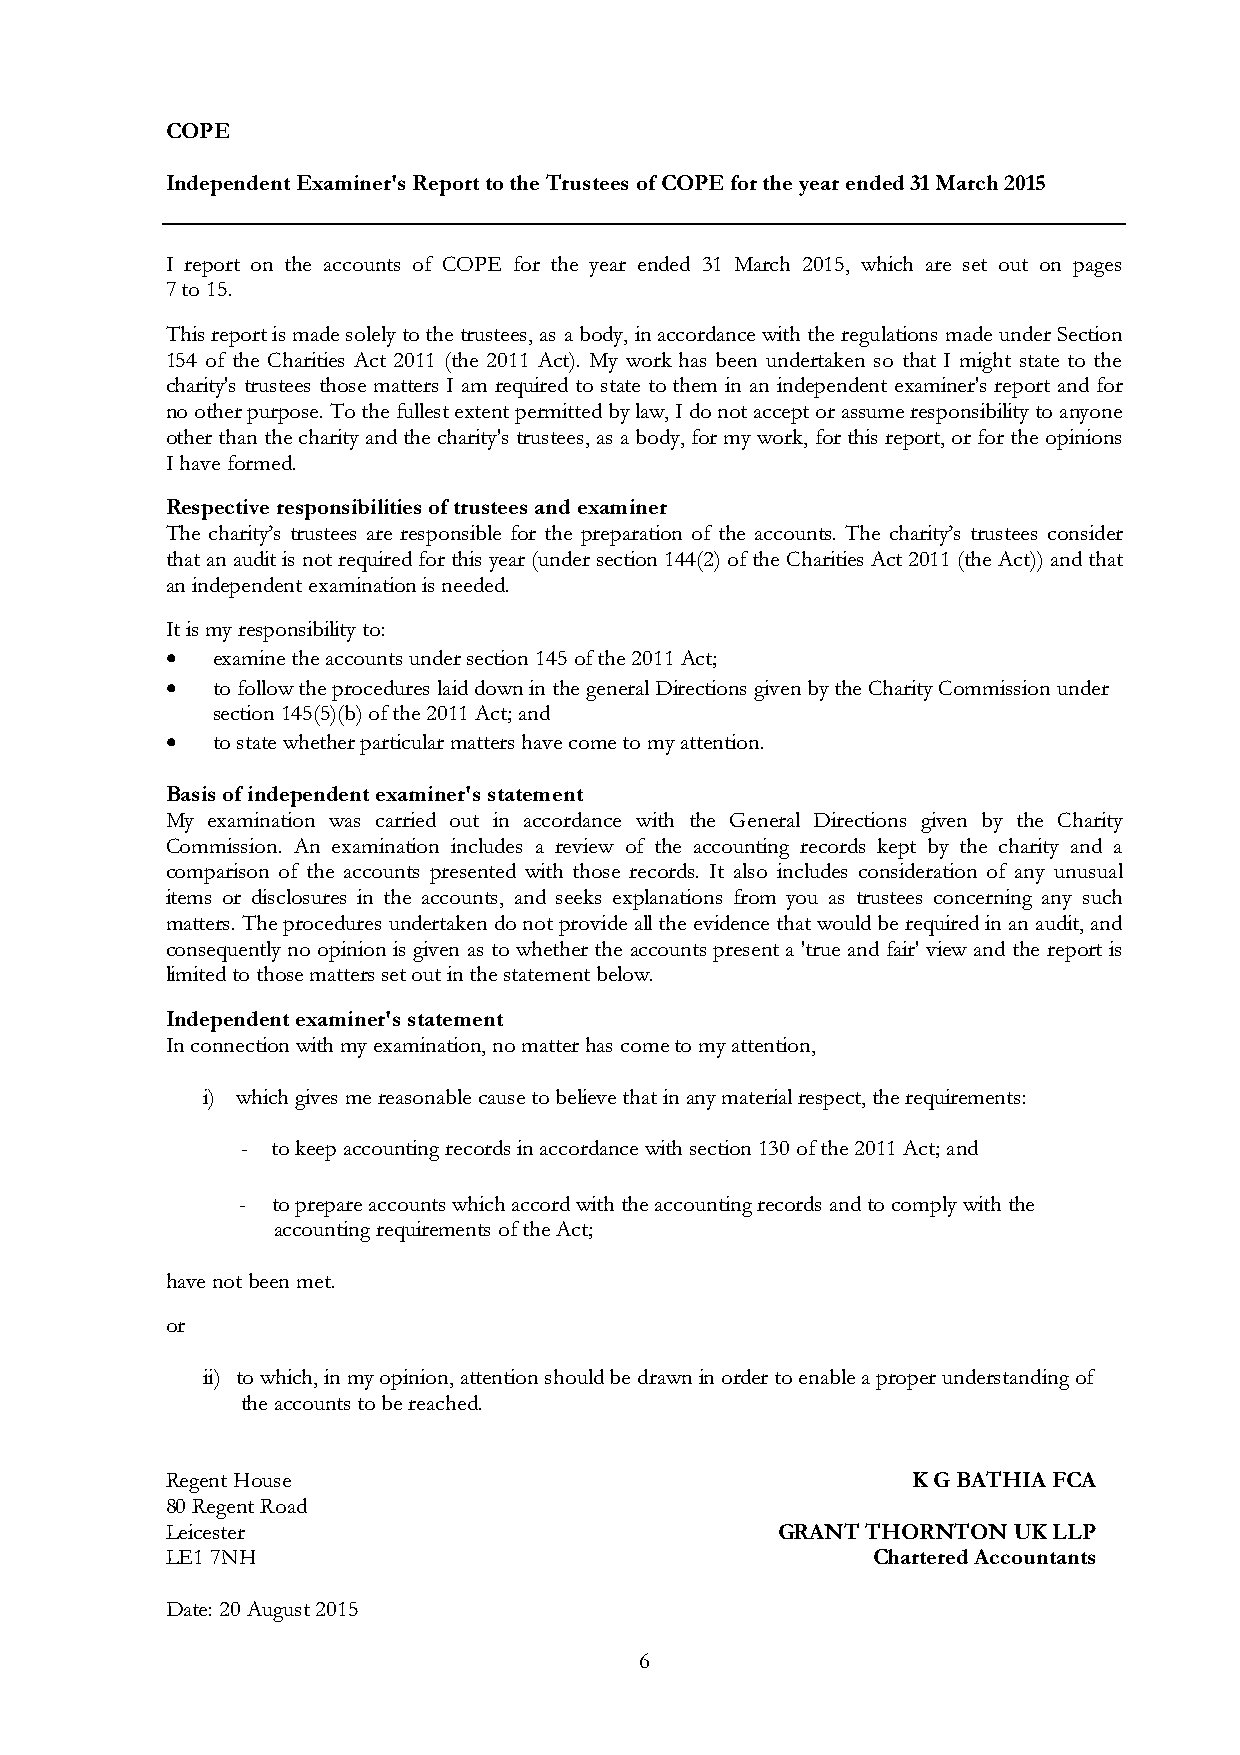
COPE
 Independent Examiner's Report to the Trustees of COPE for the year ended 31 March 2015
 I report on the accounts of COPE for the year ended 31 March 2015, which are set out on pages
 7 to 15.
 This report is made solely to the trustees, as a body, in accordance with the regulations made under Section
 154 of the Charities Act 2011 (the 2011 Act). My work has been undertaken so that I might state to the
 charity's trustees those matters I am required to state to them in an independent examiner's report and for
 no other purpose. To the fullest extent permitted by law, I do not accept or assume responsibility to anyone
 other than the charity and the charity's trustees, as a body, for my work, for this report, or for the opinions
 I have formed.
 Respective responsibilities of trustees and examiner
 The charity’s trustees are responsible for the preparation of the accounts. The charity’s trustees consider
 that an audit is not required for this year (under section 144(2) of the Charities Act 2011 (the Act)) and that
 an independent examination is needed.
 It is my responsibility to:
 •  examine the accounts under section 145 of the 2011 Act;
 •  to follow the procedures laid down in the general Directions given by the Charity Commission under
 section 145(5)(b) of the 2011 Act; and
 •  to state whether particular matters have come to my attention.
 Basis of independent examiner's statement
 My examination was carried out in accordance with the General Directions given by the Charity
 Commission. An examination includes a review of the accounting records kept by the charity and a
 comparison of the accounts presented with those records. It also includes consideration of any unusual
 items or disclosures in the accounts, and seeks explanations from you as trustees concerning any such
 matters. The procedures undertaken do not provide all the evidence that would be required in an audit, and
 consequently no opinion is given as to whether the accounts present a 'true and fair' view and the report is
 limited to those matters set out in the statement below.
 Independent examiner's statement
 In connection with my examination, no matter has come to my attention,
 i) which gives me reasonable cause to believe that in any material respect, the requirements:
 - to keep accounting records in accordance with section 130 of the 2011 Act; and
 - to prepare accounts which accord with the accounting records and to comply with the
 accounting requirements of the Act;
 have not been met.
 or
 ii) to which, in my opinion, attention should be drawn in order to enable a proper understanding of
 the accounts to be reached.
 Regent House                                     K G BATHIA FCA
 80 Regent Road
 Leicester                               GRANT THORNTON  UK LLP
 LE1 7NH                                        Chartered Accountants
 Date: 20 August 2015
 6